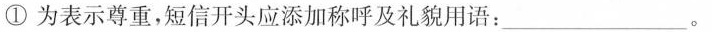
①为表示尊重，短信开头应添加称呼及礼貌用语：___